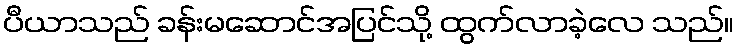
ပီယာသည် ခန်းမဆောင်အပြင်သို့ ထွက်လာခဲ့လေ သည်။